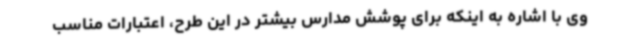
وی با اشاره به اینکه برای پوشش مدارس بیشتر در این طرح، اعتبارات مناسب